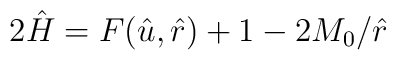
2\hat{H}=F(\hat{u},\hat{r})+1-2M_{0}/\hat{r}